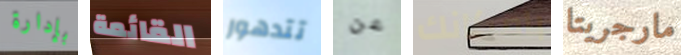
بإدارة القائمة تتدهور عن بامكانك مارجريتا